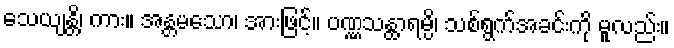
သေယျန္တိ၊ ကား။ အန္တမသော၊ အားဖြင့်။ ပဏ္ဏသန္ထာရမ္ပိ၊ သစ်ရွက်အခင်းကို မူလည်း။